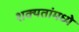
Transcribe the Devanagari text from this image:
शक्यतांमध्ये